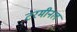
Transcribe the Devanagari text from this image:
टरमीनल